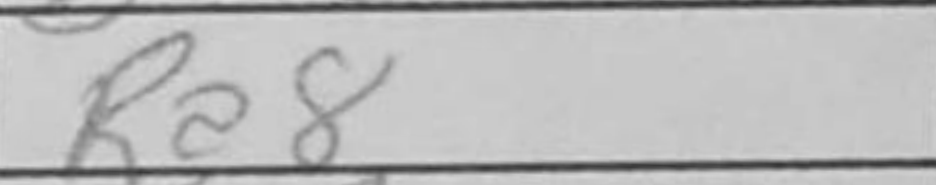
Transcription: Ra8